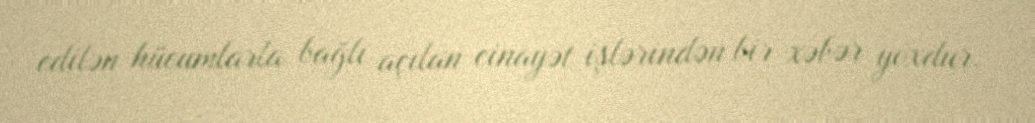
edilən hücumlarla bağlı açılan cinayət işlərindən bir xəbər yoxdur.